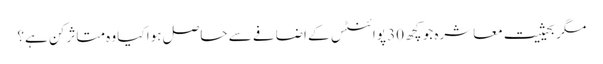
مگر بحیثیت معاشرہ جو کچھ 30 پوائنٹس کے اضافے سے حاصل ہوا کیا وہ متاثر کن ہے؟